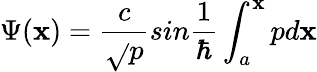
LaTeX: \Psi(\mathbf{x})=\frac{{c}}{{\sqrt{}{{p}}}}sin\frac{{1}}{{\hbar}}\int_{a}^{\mathbf{x}}pd\mathbf{x}